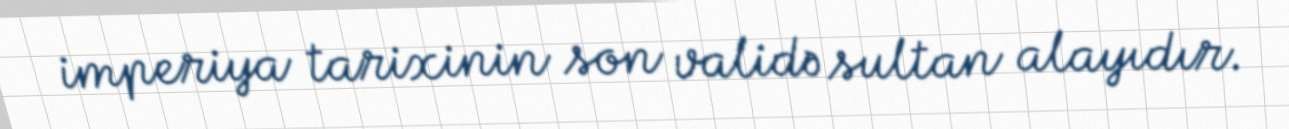
imperiya tarixinin son validə sultan alayıdır.